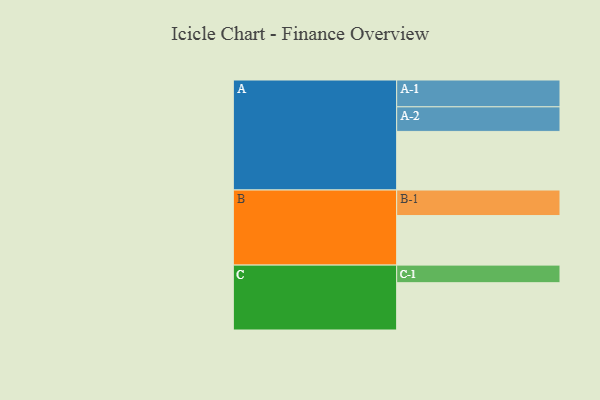
{"axis": {"x": "Segment", "y": "Value"}, "legend": ["", "A", "B", "C"], "data": [{"x": "A", "y": 596, "type": ""}, {"x": "B", "y": 504, "type": ""}, {"x": "C", "y": 481, "type": ""}, {"x": "A-1", "y": 273, "type": "A"}, {"x": "A-2", "y": 250, "type": "A"}, {"x": "B-1", "y": 260, "type": "B"}, {"x": "C-1", "y": 179, "type": "C"}]}